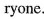
ryone.